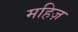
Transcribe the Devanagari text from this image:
महिज़